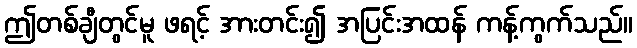
ဤတစ်ချီတွင်မူ ဖရင့် အားတင်း၍ အပြင်းအထန် ကန့်ကွက်သည်။